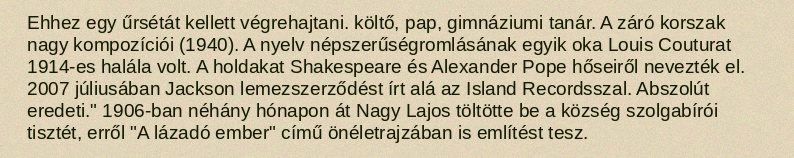
Ehhez egy űrsétát kellett végrehajtani. költő, pap, gimnáziumi tanár. A záró korszak nagy kompozíciói (1940). A nyelv népszerűségromlásának egyik oka Louis Couturat 1914-es halála volt. A holdakat Shakespeare és Alexander Pope hőseiről nevezték el. 2007 júliusában Jackson lemezszerződést írt alá az Island Recordsszal. Abszolút eredeti." 1906-ban néhány hónapon át Nagy Lajos töltötte be a község szolgabírói tisztét, erről "A lázadó ember" című önéletrajzában is említést tesz.